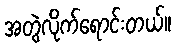
အတွဲလိုက်ရောင်းတယ်။